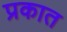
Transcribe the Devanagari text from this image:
प्रकात